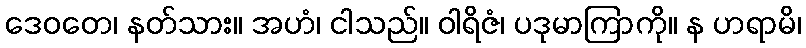
ဒေဝတေ၊ နတ်သား။ အဟံ၊ ငါသည်။ ဝါရိဇံ၊ ပဒုမာကြာကို။ န ဟရာမိ၊